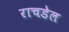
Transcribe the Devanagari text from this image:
राचडेल